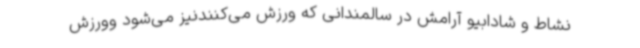
نشاط و شادابیو آرامش در سالمندانی که ورزش می‌کنندنیز می‌شود وورزش